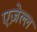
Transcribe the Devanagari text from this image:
एज़ेल्ल